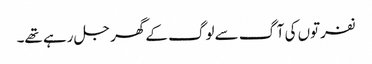
نفرتوں کی آگ سے لوگ کے گھر جل رہے تھے۔